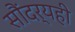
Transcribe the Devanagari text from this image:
सौंदर्यही